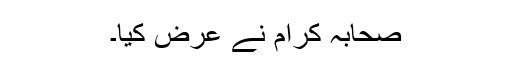
صحابہ کرام نے عرض کیا۔